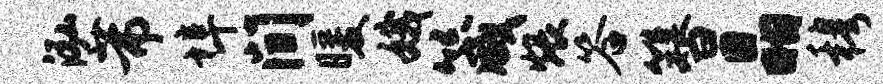
泓芾埠间暖娥箴煨答簪晶穆